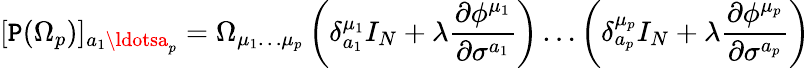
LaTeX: [\mathtt{P}(\Omega_{p})]_{a_{1}\ldotsa_{p}}=\Omega_{\mu_{1}\ldots\mu_{p}}\left(\delta_{a_{1}}^{\mu_{1}}I_{N}+\lambda\frac{{\partial\phi^{\mu_{1}}}}{{\partial\sigma^{a_{1}}}}\right)\ldots\left(\delta_{a_{p}}^{\mu_{p}}I_{N}+\lambda\frac{{\partial\phi^{\mu_{p}}}}{{\partial\sigma^{a_{p}}}}\right)